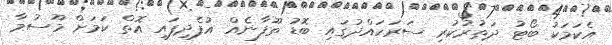
އެކަމަކު ބޯޓު ދަތުރުކުރި ސަރަހައްދުގައި ބޮޑު ތޫފާނެއް އުފެދިފައި އޮތް ކަމަށް މޫސުމާ